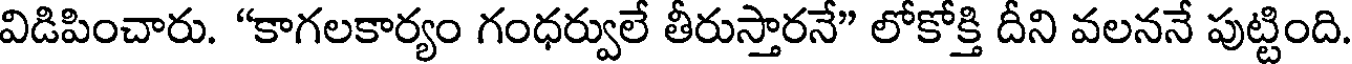
విడిపించారు. "కాగలకార్యం గంధర్వులే తీరుస్తారనే" లోకోక్తి దీని వలననే పుట్టింది